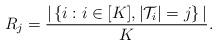
LaTeX: \begin{align*}R_{j} = \frac{|\left\{i:i\in[K], |{\cal T}_i|=j\right\}|}{K}.\end{align*}